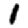
Digit: 1